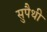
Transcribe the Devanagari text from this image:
सुपैथी